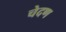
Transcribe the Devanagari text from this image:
चेदण